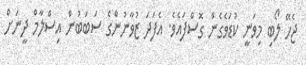
ޖެހޭ ލޯބި މިވަނީ ކުޑަވެގެން ގޮސްފައެވެ. އެފަދަ ޒުވާނުންގެ ސަބަބުން އިސްލާމް ދީނަށް